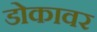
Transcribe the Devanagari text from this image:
डोकावर